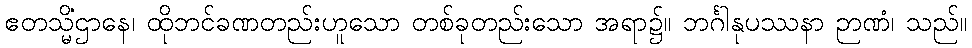
ဧတသ္မိံဌာနေ၊ ထိုဘင်ခဏတည်းဟူသော တစ်ခုတည်းသော အရာ၌။ ဘင်္ဂါနုပဿနာ ဉာဏံ၊ သည်။